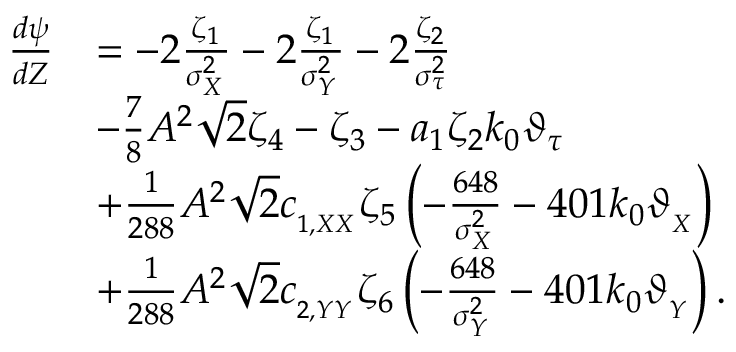
\begin{array} { r l } { \frac { d \psi } { d Z } } & { = - 2 \frac { \zeta _ { 1 } } { \sigma _ { _ X } ^ { 2 } } - 2 \frac { \zeta _ { 1 } } { \sigma _ { _ Y } ^ { 2 } } - 2 \frac { \zeta _ { 2 } } { \sigma _ { \tau } ^ { 2 } } } \\ & { - \frac { 7 } { 8 } A ^ { 2 } \sqrt { 2 } \zeta _ { 4 } - \zeta _ { 3 } - a _ { 1 } \zeta _ { 2 } k _ { 0 } \vartheta _ { \tau } } \\ & { + \frac { 1 } { 2 8 8 } A ^ { 2 } \sqrt { 2 } c _ { _ { 1 , X X } } \zeta _ { 5 } \left( - \frac { 6 4 8 } { \sigma _ { _ X } ^ { 2 } } - 4 0 1 k _ { 0 } \vartheta _ { _ { X } } \right) } \\ & { + \frac { 1 } { 2 8 8 } A ^ { 2 } \sqrt { 2 } c _ { _ { 2 , Y Y } } \zeta _ { 6 } \left( - \frac { 6 4 8 } { \sigma _ { _ Y } ^ { 2 } } - 4 0 1 k _ { 0 } \vartheta _ { _ { Y } } \right) . } \end{array}